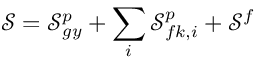
\mathcal { S } = \mathcal { S } _ { g y } ^ { p } + \sum _ { i } \mathcal { S } _ { f k , i } ^ { p } + \mathcal { S } ^ { f }